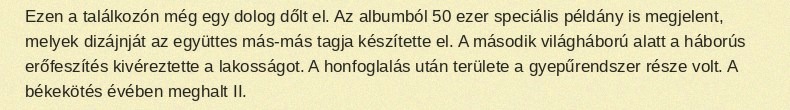
Ezen a találkozón még egy dolog dőlt el. Az albumból 50 ezer speciális példány is megjelent, melyek dizájnját az együttes más-más tagja készítette el. A második világháború alatt a háborús erőfeszítés kivéreztette a lakosságot. A honfoglalás után területe a gyepűrendszer része volt. A békekötés évében meghalt II.